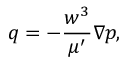
\boldsymbol { q } = - \frac { w ^ { 3 } } { \mu ^ { \prime } } \nabla p ,